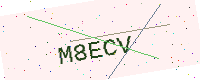
Text: M8ECV